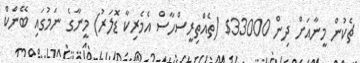
ޗެކުން މީނާއަށް ދިން 33000$ (ތެއްތިރީސްހާސް އެމެރިކާ ޑޮލަރު) މީނާގެ ނަމުގައި ބޭންކް